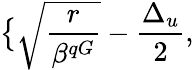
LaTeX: \big\{ \sqrt{\frac{r}{\beta^{qG}}}-\frac{\Delta_{u}}{2},